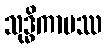
သုဒ္ဓိကာမဿ